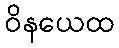
ဝိနယေထ